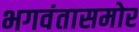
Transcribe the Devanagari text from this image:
भगवंतासमोर